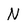
Character: N